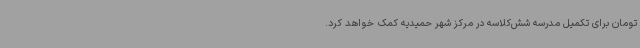
تومان برای تکمیل مدرسه شش‌کلاسه در مرکز شهر حمیدیه کمک خواهد کرد.